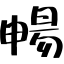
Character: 暢